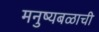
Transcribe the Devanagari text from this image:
मनुष्यबळाची